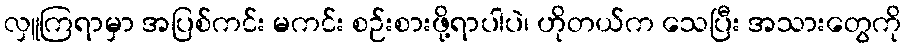
လှူကြရာမှာ အပြစ်ကင်း မကင်း စဉ်းစားဖို့ရာပါပဲ၊ ဟိုတယ်က သေပြီး အသားတွေကို